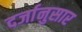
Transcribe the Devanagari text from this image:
दर्जानुसार